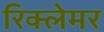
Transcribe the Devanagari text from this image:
रिक्लेमर